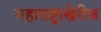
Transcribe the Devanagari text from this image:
महाराष्ट्राखेरीज